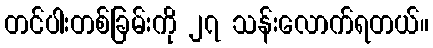
တင်ပါးတစ်ခြမ်းကို ၂၇ သန်းလောက်ရတယ်။